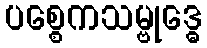
ပစ္စေကသမ္ဗုဒ္ဓေ